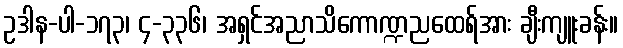
ဥဒါန-ပါ-၁၇၃၊ ၄-၃၃၆၊ အရှင်အညာသိကောဏ္ဍညထေရ်အား ချီးကျူးခန်း။